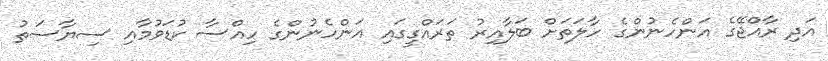
އަދި ރާއްޖޭގެ އަންހެނުންގެ ހާލަތަށް ބަލާއިރު ތަރައްގީގައި އަންހެނުންގެ ހިއްސާ ކުޑަވުމާއި ސިޔާސަތު